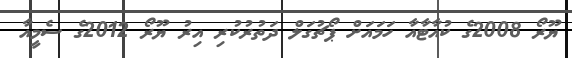
ޔޫރޯ 2008ގެ ކުއާޓާއާ ހަމައަށް ޕޯޗުގަލް ދަތުރުކުރި އިރު ޔޫރޯ 2012ގެ ސެމީއާ